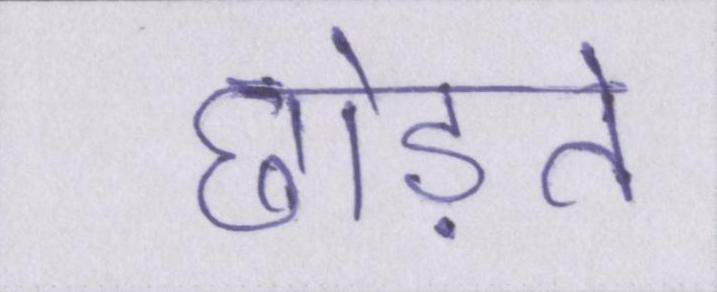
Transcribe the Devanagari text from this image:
छोड़ते